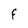
Character: F